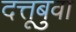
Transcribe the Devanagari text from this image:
दत्तूबुवा